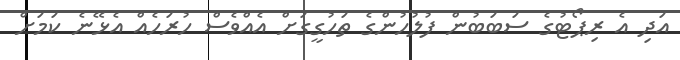
އަދި އެ ރިޕޯޓުގެ ސަބަބުން ފުލުހުންގެ ތަހުގީގަށް އެއްވެސް ހުރަހެއް އެޅޭނެ ކަމަށް